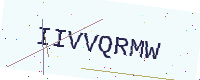
Text: IIVVQRMW